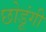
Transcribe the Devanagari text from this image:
छोडूंगी